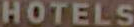
HOTELS